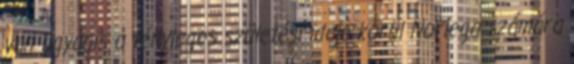
van ugyanis a tényleges születési ideje körül Noriega számára